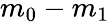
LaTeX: m_{0}-m_{1}